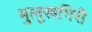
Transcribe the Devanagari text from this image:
मुलूखगिरी